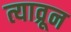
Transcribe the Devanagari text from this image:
त्याव्रून